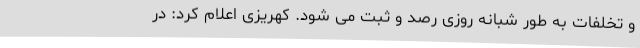
و تخلفات به طور شبانه روزی رصد و ثبت می شود. کهریزی اعلام کرد: در